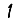
Digit: 1